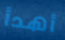
أهدأ